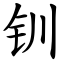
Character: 钏